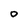
Character: 0